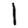
Digit: 1